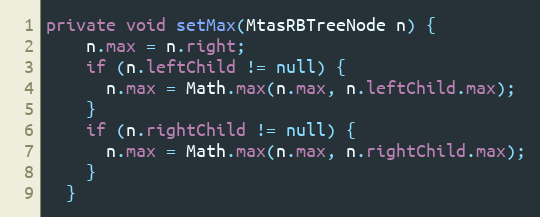
Language: Java
private void setMax(MtasRBTreeNode n) {
    n.max = n.right;
    if (n.leftChild != null) {
      n.max = Math.max(n.max, n.leftChild.max);
    }
    if (n.rightChild != null) {
      n.max = Math.max(n.max, n.rightChild.max);
    }
  }